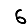
Digit: 6